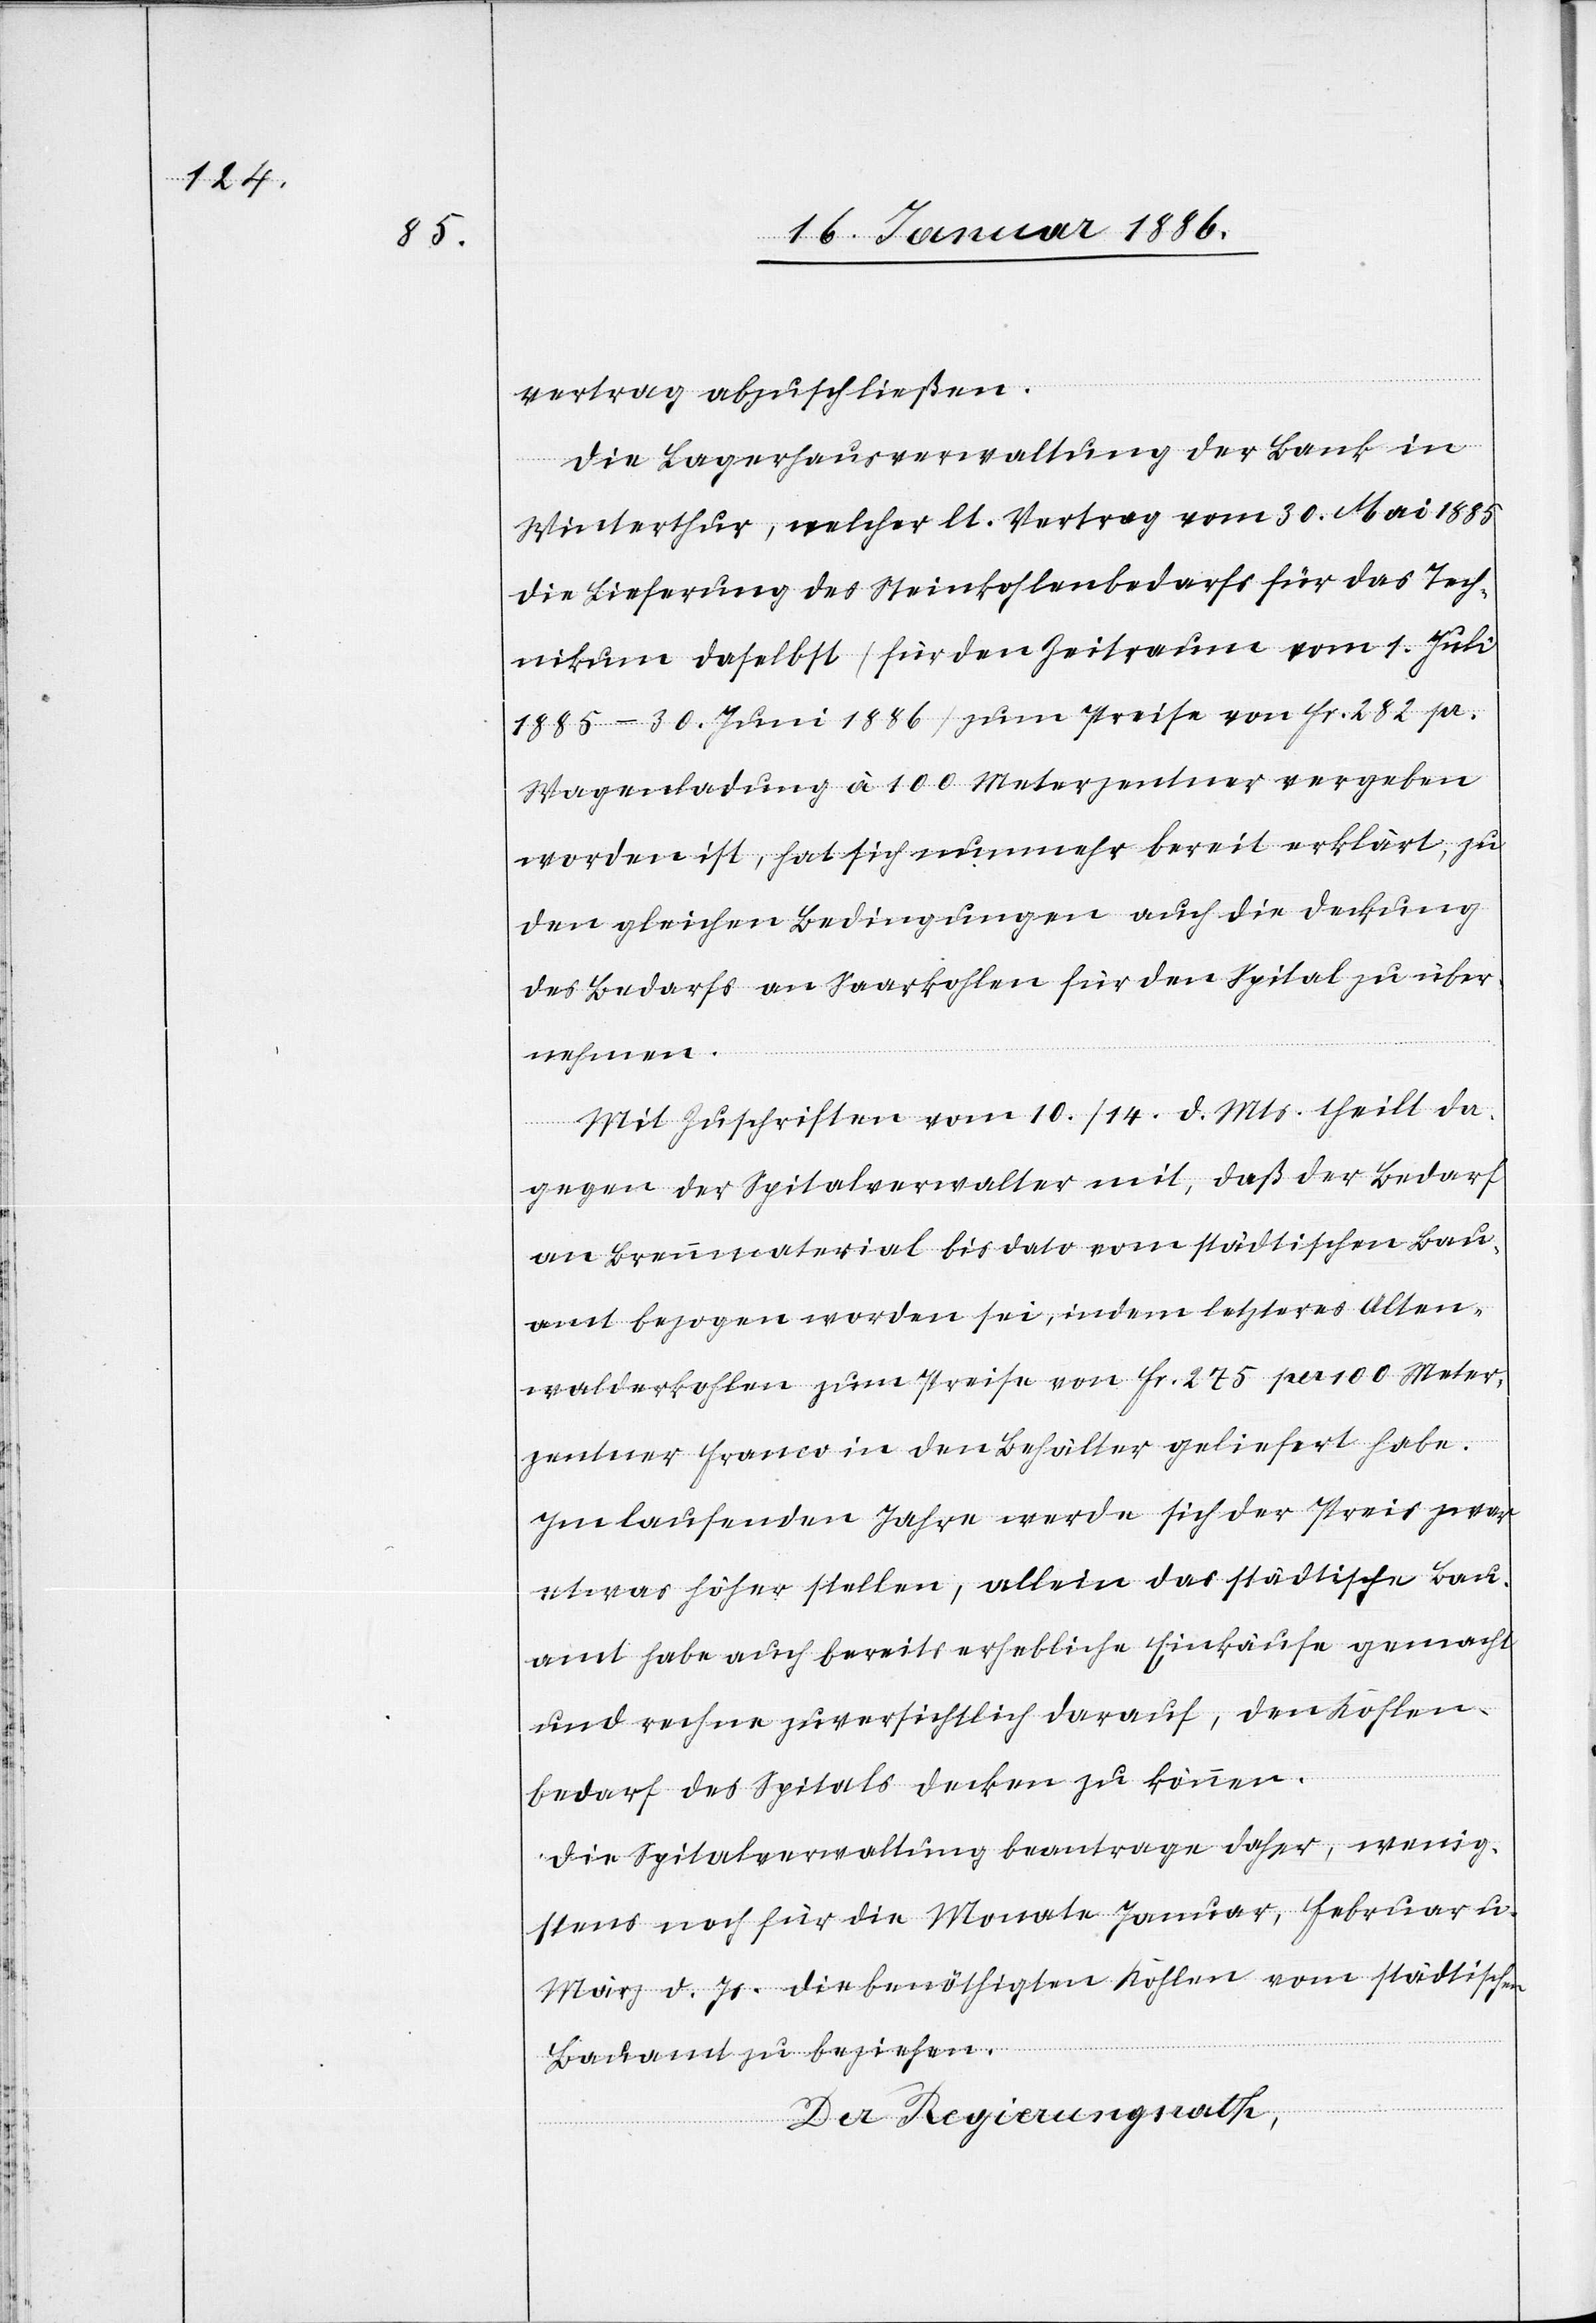
vertrag abzuschließen.
Die Lagerhausverwaltung der Bank in
Winterthur, welcher lt. Vertrag vom 30. Mai 1885
die Lieferung des Steinkohlebedarfs für das Tech¬
nikum daselbst (für den Zeitraum vom 1. Juli
1885–30 Juni 1886) zum Preise von Fr. 282 pr.
Wagenladung à 100 Meterzentner vergeben
worden ist, hat sich nunmehr bereit erklärt, zu
den gleichen Bedingungen auch die Deckung
des Bedarfs an Saarkohlen für den Spital zu über¬
nehmen.
Mit Zuschrift vom 10./14. d. Mts. theilt da¬
gegen der Spitalverwalter mit, daß der Bedarf
an Brennmaterial bis dato von städtischen Bau¬
amt bezogen worden sei, indem letzteres Alten¬
walderkohle zum Preise von Fr. 275 per 100 Meter¬
zentner franco in den Behälter geliefert habe.
Im laufenden Jahre werde sich der Preis zwar
etwas höher stellen, allein das städtische Bau¬
amt habe auch bereits erhebliche Einkäufe gemacht
und rechne zuversichtlich darauf, den Kohlen¬
bedarf des Spitals decken zu können.
Die Spitalverwaltung beantrage daher, wenig¬
stens noch für die Monate Januar, Februar u.
März d. Js. die benöthigten Kohlen vom städtischen
Bauamt zu beziehen.
Der Regierungsrath,